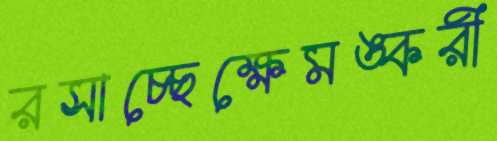
রসাচ্ছেক্ষেমঙ্করী